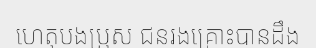
ហេតុបងប្រុស ជនរងគ្រោះបានដឹង